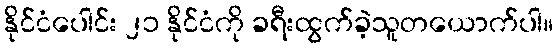
နိုင်ငံပေါင်း ၂၁ နိုင်ငံကို ခရီးထွက်ခဲ့သူတယောက်ပါ။